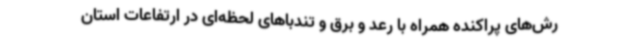
رش‌های پراکنده همراه با رعد و برق و تندباهای لحظه‌ای در ارتفاعات استان